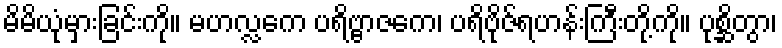
မိမိယုံမှားခြင်းကို။ မဟလ္လကေ ပရိဗ္ဗာဇကေ၊ ပရိဗိုဇ်ရဟန်းကြီးတို့ကို။ ပုစ္ဆိတွာ၊